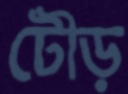
টৌড়